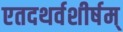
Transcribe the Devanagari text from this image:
एतदथर्वशीर्षम्‌